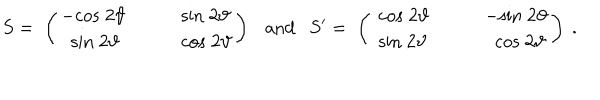
S = \; \left( \begin{array} { l l l } { { - \mathrm { c o s } \; 2 \vartheta } } & { { \quad } } & { { \mathrm { s i n } \; 2 \vartheta } } \\ { { \; \; \mathrm { s i n } \; 2 \vartheta } } & { { \quad } } & { { \mathrm { c o s } \; 2 \vartheta } } \\ \end{array} \right) \ \ \ \mathrm { a n d } \ \ \ S ^ { \prime } = \; \left( \begin{array} { l l l } { { \; \mathrm { c o s } \; 2 \vartheta } } & { { \quad } } & { { - \mathrm { s i n } \; 2 \vartheta } } \\ { { \; \mathrm { s i n } \; 2 \vartheta } } & { { \quad } } & { { \; \; \mathrm { c o s } \; 2 \vartheta } } \\ \end{array} \right) \ .